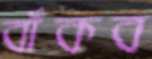
বাঁকব